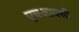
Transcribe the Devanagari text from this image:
एचआयसी